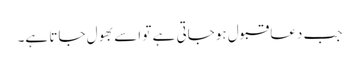
جب دعا قبول ہوجاتی ہے تو اسے بھول جاتا ہے۔